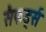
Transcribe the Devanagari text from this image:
सैफर्ड्स